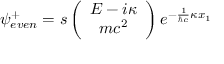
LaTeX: { \psi } _ { e v e n } ^ { + } = s \left( \begin{array} { c } { { E - i { \kappa } } } \\ { { m c ^ { 2 } } } \end{array} \right) e ^ { - \frac { 1 } { { \hbar } c } { \kappa } x _ { 1 } }